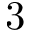
3